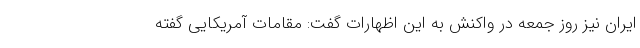
ایران نیز روز جمعه در واکنش به این اظهارات گفت: مقامات آمریکایی گفته